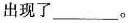
出现了___。